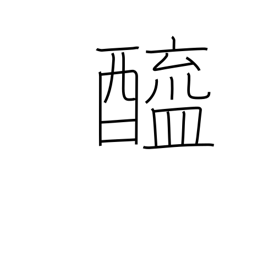
Meaning: vinegar